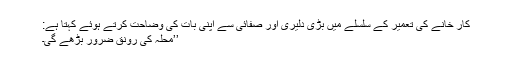
کار خانے کی تعمیر کے سلسلے میں بڑی دلیری اور صفائی سے اپنی بات کی وضاحت کرتے ہوئے کہتا ہے:
’’محلہ کی رونق ضرور بڑھے گی۔